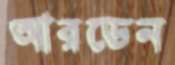
আরডেন